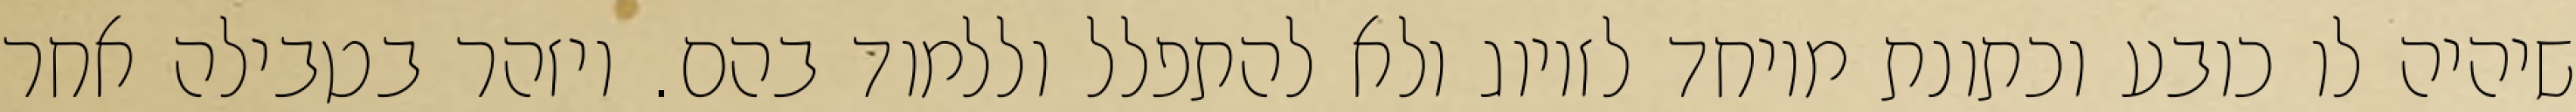
שיהיה לו כובע וכתונת מיוחד לזיווג ולא להתפלל וללמוד בהם. ויזהר בטבילה אחר